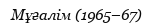
Мұғалім (1965–67)